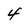
Character: 4